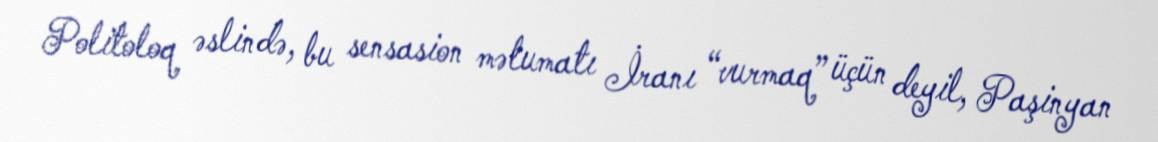
Politoloq əslində, bu sensasion məlumatı İranı “vurmaq” üçün deyil, Paşinyan